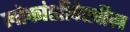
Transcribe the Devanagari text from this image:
लोकांशीदेखील